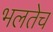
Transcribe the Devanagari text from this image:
भलतेच